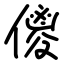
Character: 儍